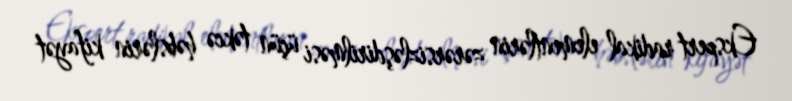
Ekspert radikal elementlərin zərərsizləşdirilməsi üçün təkcə həbslərin kifayət